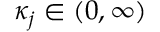
\kappa _ { j } \in ( 0 , \infty )